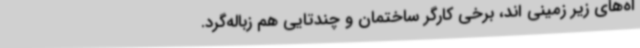
اه‌های زیر زمینی اند، برخی کارگر ساختمان و چندتایی هم زباله‌گرد.